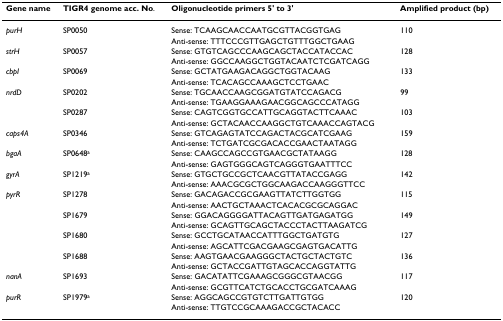
| Gene name | TIGR4 genome acc. No. | Oligonucleotide primers 5' to 3' | Amplified product (bp) |
 | --- | --- | --- | --- |
 | purH | SP0050 | Sense: TCAAGCAACCAATGCGTTACGGTGAG | 110 |
 |  |  | Anti-sense: TTTCCCGTTGAGCTGTTTGGCTGAAG |  |
 | strH | SP0057 | Sense: GTGTCAGCCCAAGCAGCTACCATACCAC | 128 |
 |  |  | Anti-sense: GGCCAAGGCTGGTACAATCTCGATCAGG |  |
 | cbpI | SP0069 | Sense: GCTATGAAGACAGGCTGGTACAAG | 133 |
 |  |  | Anti-sense: TCACAGCCAAAGCTCCTGAAC |  |
 | nrdD | SP0202 | Sense: TGCAACCAAGCGGATGTATCCAGACG | 99 |
 |  |  | Anti-sense: TGAAGGAAAGAACGGCAGCCCATAGG |  |
 |  | SP0287 | Sense: CAGTCGGTGCCATTGCAGGTACTTCAAAC | 103 |
 |  |  | Anti-sense: GCTACAACCAAGGCTGTCAAACCAGTACG |  |
 | caps4A | SP0346 | Sense: GTCAGAGTATCCAGACTACGCATCGAAG | 159 |
 |  |  | Anti-sense: TCTGATCGCGACACCGAACTAATAGG |  |
 | bgaA | SP0648a | Sense: CAAGCCAGCCGTGAACGCTATAAGG | 128 |
 |  |  | Anti-sense: GAGTGGGCAGTCAGGGTGAATTTCC |  |
 | gyrA | SP1219a | Sense: GTGCTGCCGCTCAACGTTATACCGAGG | 142 |
 |  |  | Anti-sense: AAACGCGCTGGCAAGACCAAGGGTTCC |  |
 | pyrR | SP1278 | Sense: GACAGACCGCGAAGTTATCTTGGTGG | 115 |
 |  |  | Anti-sense: AACTGCTAAACTCACACGCGCAGGAC |  |
 |  | SP1679 | Sense: GGACAGGGGATTACAGTTGATGAGATGG | 149 |
 |  |  | Anti-sense: GCAGTTGCAGCTACCCTACTTAAGATCG |  |
 |  | SP1680 | Sense: GCCTGCATAACCATTTGGCTGATGTG | 127 |
 |  |  | Anti-sense: AGCATTCGACGAAGCGAGTGACATTG |  |
 |  | SP1688 | Sense: AAGTGAACGAAGGGCTACTGCTACTGTC | 136 |
 |  |  | Anti-sense: GCTACCGATTGTAGCACCAGGTATTG |  |
 | nanA | SP1693 | Sense: GACATATTCGAAAGCGGGCGTAACGG | 117 |
 |  |  | Anti-sense: GCGTTCATCTGCACCTGCGATCAAAG |  |
 | purR | SP1979a | Sense: AGGCAGCCGTGTCTTGATTGTGG | 120 |
 |  |  | Anti-sense: TTGTCCGCAAAGACCGCTACACC |  |